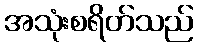
အသုံးစရိတ်သည်